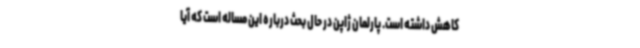
کاهش داشته است. پارلمان ژاپن در حال بحث درباره این مساله است که آیا